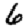
Digit: 6